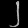
Digit: ၂